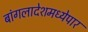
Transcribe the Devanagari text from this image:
बांगलादेशमध्येपार